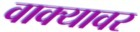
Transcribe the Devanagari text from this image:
वाक्यावर